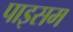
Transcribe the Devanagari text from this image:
पाइसम